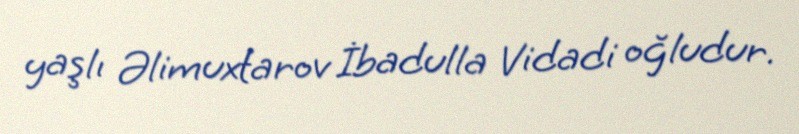
yaşlı Əlimuxtarov İbadulla Vidadi oğludur.